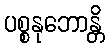
ပစ္စနုဘောန္တိ